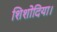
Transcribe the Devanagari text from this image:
शिशोदिया।